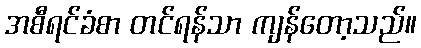
အစီရင်ခံစာ တင်ရန်သာ ကျန်တော့သည်။